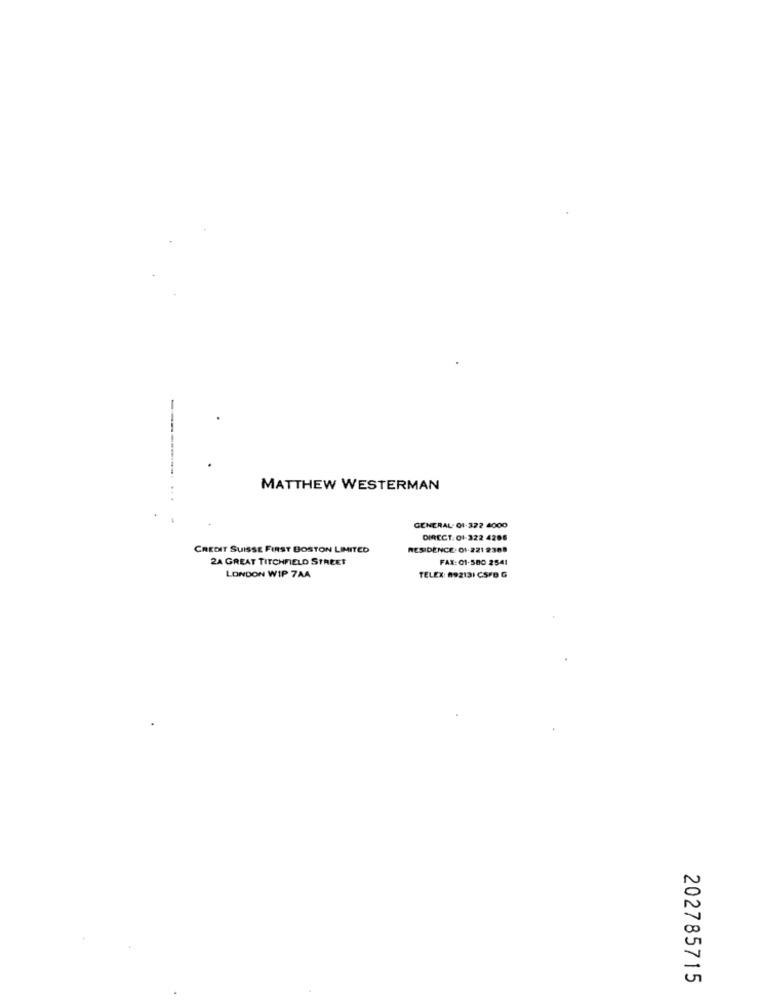
MATTHEW WESTERMAN
GENERAL- 01-372 4000
DIRECT. 01-322 4206
CREDIT SUISSE FIRST BOSTON LIMITED
RESIDENCE- 01-221 2308
2A GREAT TITCHFIELD STREET
FAX: 01-580 2541
LONDON WIP 7AA
TELEX: 092131 CSFB G
202785715